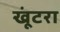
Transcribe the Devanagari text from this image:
खूंटरा